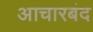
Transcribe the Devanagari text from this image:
आचारबंद